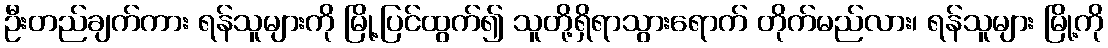
ဦးတည်ချက်ကား ရန်သူများကို မြို့ပြင်ထွက်၍ သူတို့ရှိရာသွားရောက် တိုက်မည်လား၊ ရန်သူများ မြို့ကို